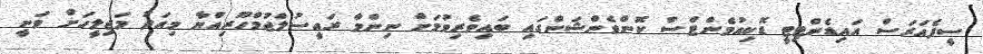
ސީފެއަރަސް އައިޑެންޓިޓީ ޑޮކިއުމެންޓްސް ކޮންވެންޝަންގައި ބައިވެރިވުމަށް ނިންމާ ރައީސުލްޖުމްހޫރިއްޔާ މިއަދު މަޖިލީހަށް ވަނީ